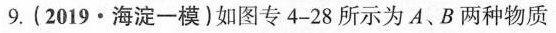
9.(2019·海淀一模)如图专4-28所示为A、B两种物质